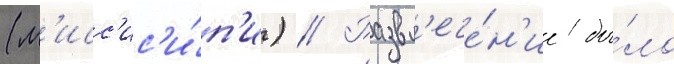
(м'исс'ис'и́п'и) // Развл'ече́н'ие бы́ло